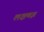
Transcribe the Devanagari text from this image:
लक्षणज्ञ